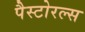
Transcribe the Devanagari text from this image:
पैस्टोरल्स